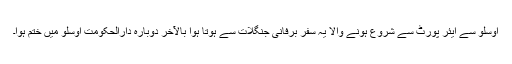
اوسلو سے ایئر پورٹ سے شروع ہونے والا یہ سفر برفانی جنگلات سے ہوتا ہوا بالآخر دوبارہ دارالحکومت اوسلو میں ختم ہوا۔